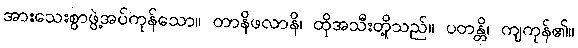
အားသေးစွာဖွဲ့အပ်ကုန်သော။ တာနိဖလာနိ၊ ထိုအသီးတို့သည်။ ပတန္တိ၊ ကျကုန်၏။